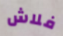
فلاش